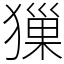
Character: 㺐